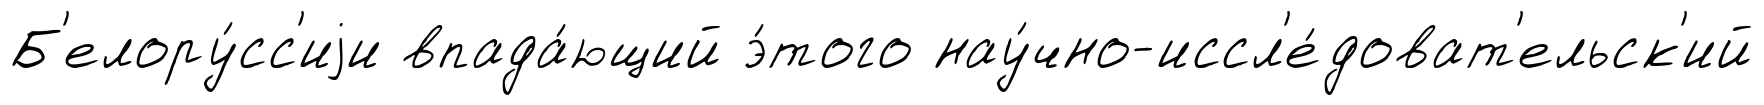
Б'елору́сс'иjи впада́ющий э́того нау́чно-иссл'е́доват'ельск'ий